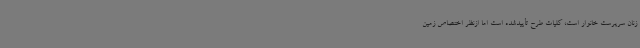
زنان سرپرست خانوار است، کلیات طرح تأییدشده است اما ازنظر اختصاص زمین